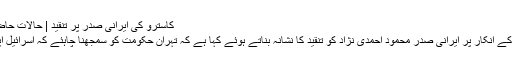
کاسترو کی ایرانی صدر پر تنقید | حالات حاضرہ | DW | 09.09.2010
فیدل کاسترو نے ہولو کوسٹ کے انکار پر ایرانی صدر محمود احمدی نژاد کو تنقید کا نشانہ بناتے ہوئے کہا ہے کہ تہران حکومت کو سمجھنا چاہئے کہ اسرائیل اپنی بقاء کی جدو جہد میں ہے۔